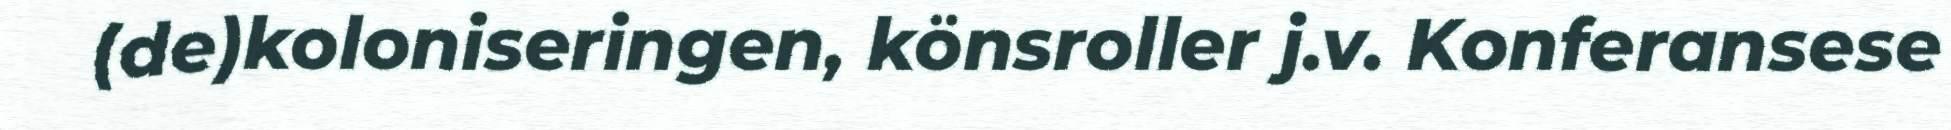
(de)koloniseringen, könsroller j.v. Konferansese